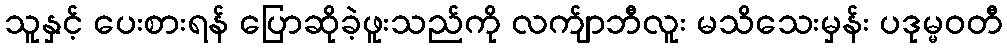
သူနှင့် ပေးစားရန် ပြောဆိုခဲ့ဖူးသည်ကို လက်ျာဘီလူး မသိသေးမှန်း ပဒုမ္မဝတီ